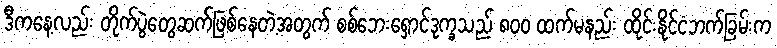
ဒီကနေ့လည်း တိုက်ပွဲတွေဆက်ဖြစ်နေတဲ့အတွက် စစ်ဘေးရှောင်ဒုက္ခသည် ၈၀၀ ထက်မနည်း ထိုင်းနိုင်ငံဘက်ခြမ်းက